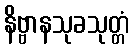
နိဗ္ဗာနသုခသုတ္တံ